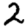
Digit: 2